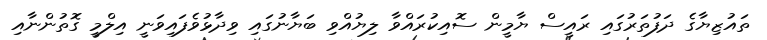
ތައުޒިޔާގެ ދަފުތަރުގައި ރައީސް ޔާމީން ސޮއިކުރައްވާ ލިޔުއްވި ބަޔާނުގައި ވިދާޅުވެފައިވަނީ އިލްމީ ގޮތުންނާއި